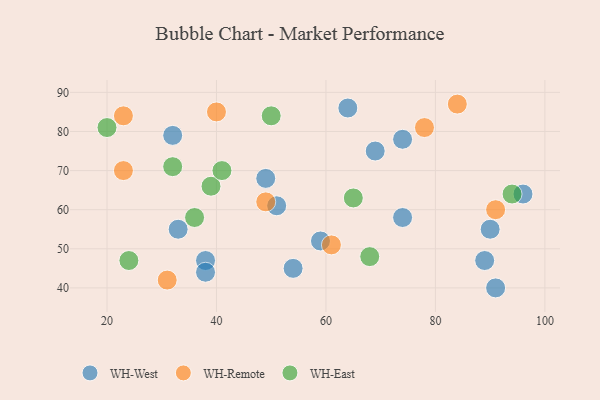
{"axis": {"x": "GDP", "y": "Life Expectancy"}, "legend": ["WH-East", "WH-Remote", "WH-West"], "data": [{"x": "91", "y": 40, "type": "WH-West"}, {"x": "64", "y": 86, "type": "WH-West"}, {"x": "89", "y": 47, "type": "WH-West"}, {"x": "69", "y": 75, "type": "WH-West"}, {"x": "33", "y": 55, "type": "WH-West"}, {"x": "74", "y": 78, "type": "WH-West"}, {"x": "74", "y": 58, "type": "WH-West"}, {"x": "32", "y": 79, "type": "WH-West"}, {"x": "38", "y": 47, "type": "WH-West"}, {"x": "54", "y": 45, "type": "WH-West"}, {"x": "51", "y": 61, "type": "WH-West"}, {"x": "90", "y": 55, "type": "WH-West"}, {"x": "49", "y": 68, "type": "WH-West"}, {"x": "59", "y": 52, "type": "WH-West"}, {"x": "38", "y": 44, "type": "WH-West"}, {"x": "96", "y": 64, "type": "WH-West"}, {"x": "23", "y": 70, "type": "WH-Remote"}, {"x": "84", "y": 87, "type": "WH-Remote"}, {"x": "23", "y": 84, "type": "WH-Remote"}, {"x": "91", "y": 60, "type": "WH-Remote"}, {"x": "40", "y": 85, "type": "WH-Remote"}, {"x": "49", "y": 62, "type": "WH-Remote"}, {"x": "31", "y": 42, "type": "WH-Remote"}, {"x": "61", "y": 51, "type": "WH-Remote"}, {"x": "78", "y": 81, "type": "WH-Remote"}, {"x": "39", "y": 66, "type": "WH-East"}, {"x": "65", "y": 63, "type": "WH-East"}, {"x": "41", "y": 70, "type": "WH-East"}, {"x": "50", "y": 84, "type": "WH-East"}, {"x": "20", "y": 81, "type": "WH-East"}, {"x": "32", "y": 71, "type": "WH-East"}, {"x": "24", "y": 47, "type": "WH-East"}, {"x": "36", "y": 58, "type": "WH-East"}, {"x": "68", "y": 48, "type": "WH-East"}, {"x": "94", "y": 64, "type": "WH-East"}]}